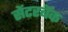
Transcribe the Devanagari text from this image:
सेंटरबॅक